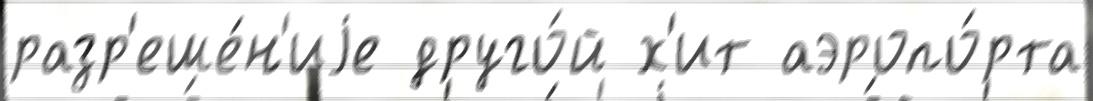
разр'еше́н'иjе друго́й х'ит аэропо́рта